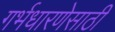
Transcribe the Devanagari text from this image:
गर्भधारणेसाठी